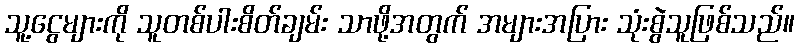
သူ့ငွေများကို သူတစ်ပါးစိတ်ချမ်း သာဖို့အတွက် အများအပြား သုံးစွဲသူဖြစ်သည်။